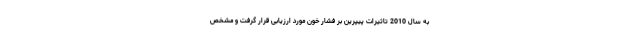
به سال 2010 تاثیرات پیپرین بر فشار خون مورد ارزیابی قرار گرفت و مشخص